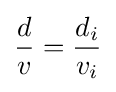
{\frac {d}{v}}={\frac {d_{i}}{v_{i}}}